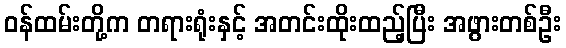
ဝန်ထမ်းတို့က တရားရုံးနှင့် အတင်းထိုးထည့်ပြီး အဖွားတစ်ဦး